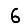
Digit: 6